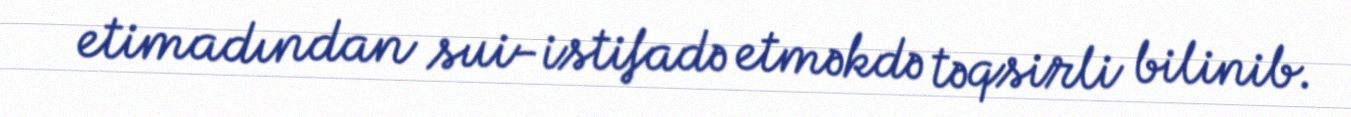
etimadından sui-istifadə etməkdə təqsirli bilinib.